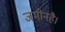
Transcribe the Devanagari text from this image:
जमीनहै।